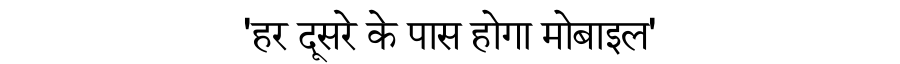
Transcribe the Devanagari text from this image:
'हर दूसरे के पास होगा मोबाइल'